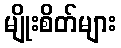
မျိုးစိတ်များ